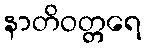
နာတိဝတ္တရေ